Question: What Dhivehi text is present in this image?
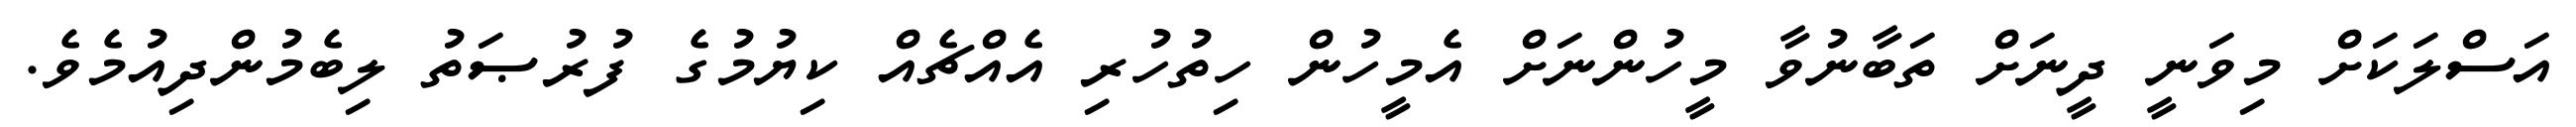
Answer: އަސްލަކަށް މިވަނީ ދީނަށް ތަބާނުވާ މީހުންނަށް އެމީހުން ހިތުހުރި އެއްޗެއް ކިޔުމުގެ ފުރުޞަތު ލިބެމުންދިއުމެވެ.